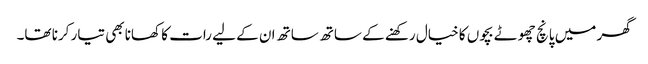
گھر میں پانچ چھوٹے بچوں کا خیال رکھنے کے ساتھ ساتھ ان کے لیے رات کا کھانا بھی تیار کرنا تھا۔